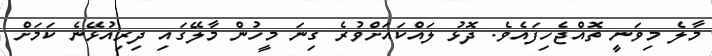
މާލެ މިވަނީ ތޮއްޖެހިފައެވެ. ދޮޅު ލައްކައަށްވުރެ ގިނަ މީހުން މާލޭގައި ދިރިއުޅޭނެ ކަމަށް